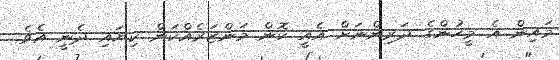
މައިން އެ މީހުންގެ ދަރިންނަށް އެއީ ކޮން މަންޒަރެއްކަން ކިޔައި ދެނީ އެވެ.